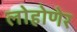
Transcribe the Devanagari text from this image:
लोहोणेर